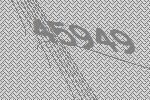
45949